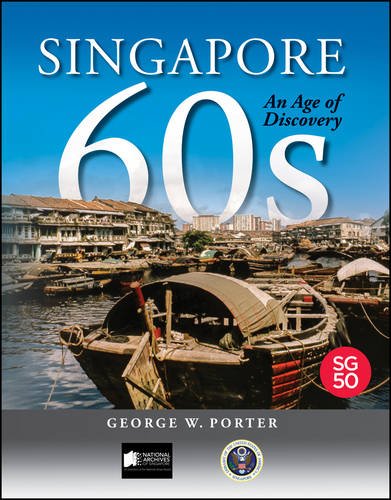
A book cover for Singapore 60s: An Age of Discovery; George W. Porter; Travel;